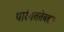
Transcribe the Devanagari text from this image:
पारंगततेबद्दल